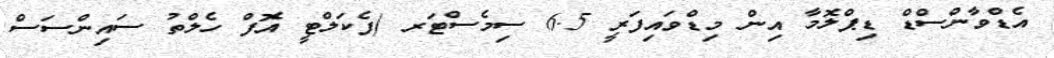
އެޑްވާންސްޑް ޑިޕްލޮމާ އިން މިޑްވައިފަރީ 6.5 ސިމެސްޓަރ (ފެކަލްޓީ އޮފް ހެލްތު ސައިންސަސް